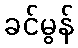
ခင်မွန်